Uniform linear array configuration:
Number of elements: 8
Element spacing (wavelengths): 0.5
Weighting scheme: exponential
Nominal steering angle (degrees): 15
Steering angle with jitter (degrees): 13.977
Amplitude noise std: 0.05
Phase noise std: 0.05

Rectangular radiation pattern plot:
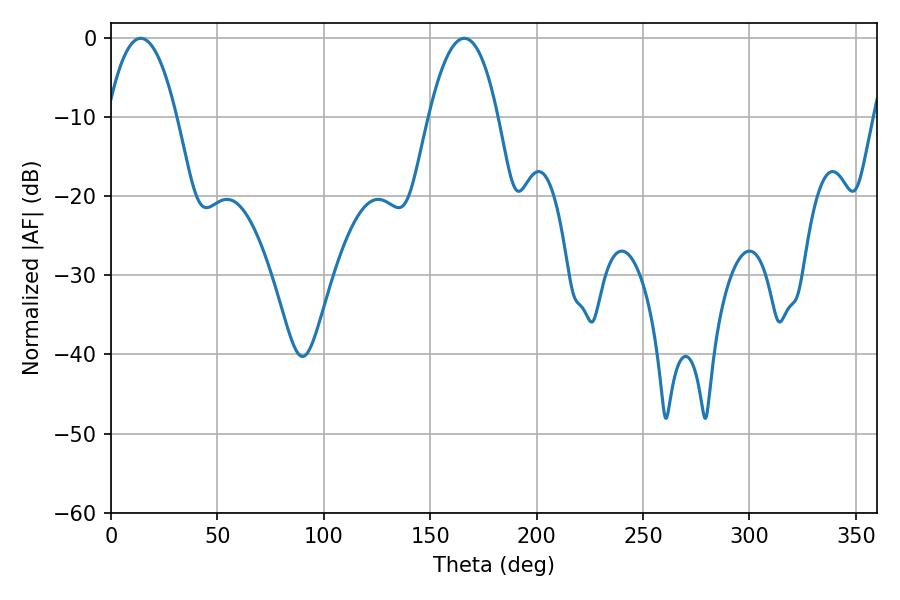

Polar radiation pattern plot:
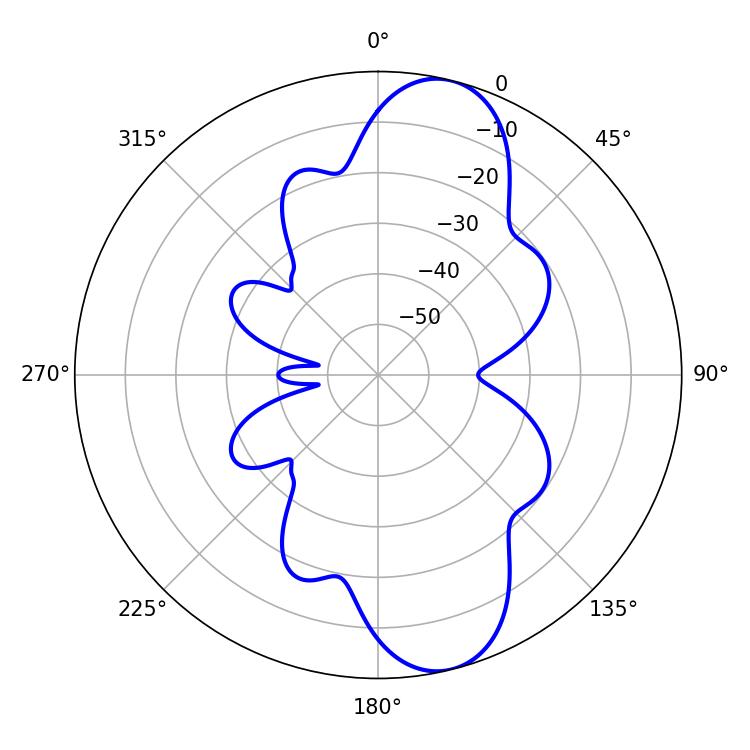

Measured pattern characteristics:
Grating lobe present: FALSE
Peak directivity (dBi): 10.785
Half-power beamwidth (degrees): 18
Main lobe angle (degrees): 14.04